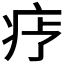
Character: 𬏝